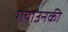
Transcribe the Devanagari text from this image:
गयाउनकी